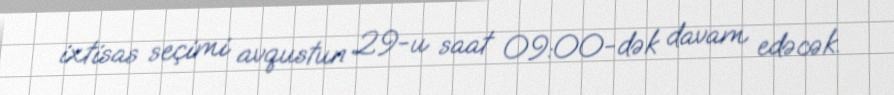
ixtisas seçimi avqustun 29-u saat 09:00-dək davam edəcək.